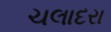
ચલાદરા